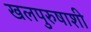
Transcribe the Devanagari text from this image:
खलपुरुषाशी